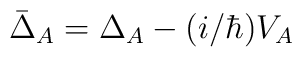
\bar{\Delta}_A = \Delta_A - (i/\hbar) V_A